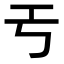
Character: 𢀔